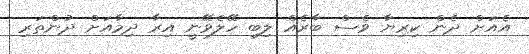
އެއަށް ދެން ކިރިޔާ ވެސް ބާރެއް ލިބި ހޭލެވޭނީ އިރާ ދިމާއަށް ދުންތަރި